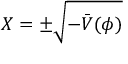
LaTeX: X = \pm \sqrt { - \bar { V } ( \phi ) }